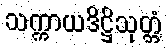
သက္ကာယဒိဋ္ဌိသုတ္တံ